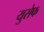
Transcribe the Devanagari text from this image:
युसेफ